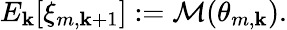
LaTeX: E_{\mathbf{k}}[\xi_{m,\mathbf{k}+1}]:=\mathcal{{M}}(\theta_{m,\mathbf{k}}).